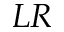
L R